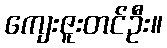
ကျေးဇူးတင်ဦး။